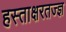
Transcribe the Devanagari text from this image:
हस्ताक्षरतज्ज्ञ